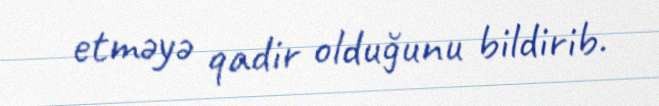
etməyə qadir olduğunu bildirib.